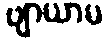
ဗျာယာမ